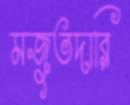
মজুতদারি